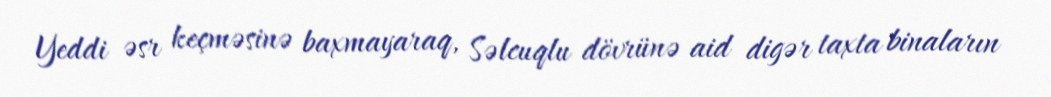
Yeddi əsr keçməsinə baxmayaraq, Səlcuqlu dövrünə aid digər taxta binaların